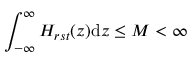
\int _ { - \infty } ^ { \infty } H _ { r s t } ( z ) \mathrm { d } z \leq M < \infty